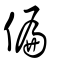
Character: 偏